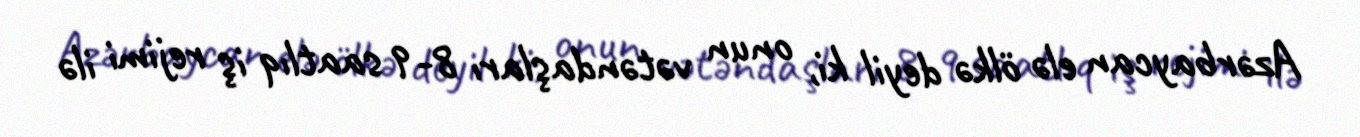
Azərbaycan elə ölkə deyil ki, onun vətəndaşları 8-9 saatlıq iş rejimi ilə